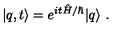
| q , t \rangle = e ^ { i t \hat { H } / \hbar } | q \rangle \ .